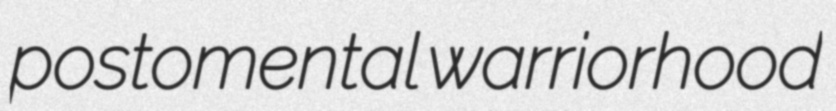
postomental warriorhood